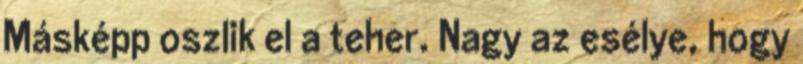
Másképp oszlik el a teher. Nagy az esélye, hogy